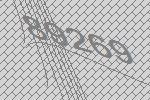
89269